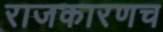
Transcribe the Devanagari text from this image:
राजकारणच